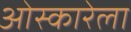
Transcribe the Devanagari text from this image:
ओस्कारेला